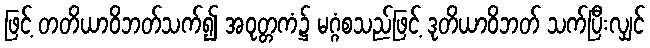
ဖြင့် တတိယာဝိဘတ်သက်၍ အဝုတ္တကံ၌ မဂ္ဂံစသည်ဖြင့် ဒုတိယာဝိဘတ် သက်ပြီးလျှင်